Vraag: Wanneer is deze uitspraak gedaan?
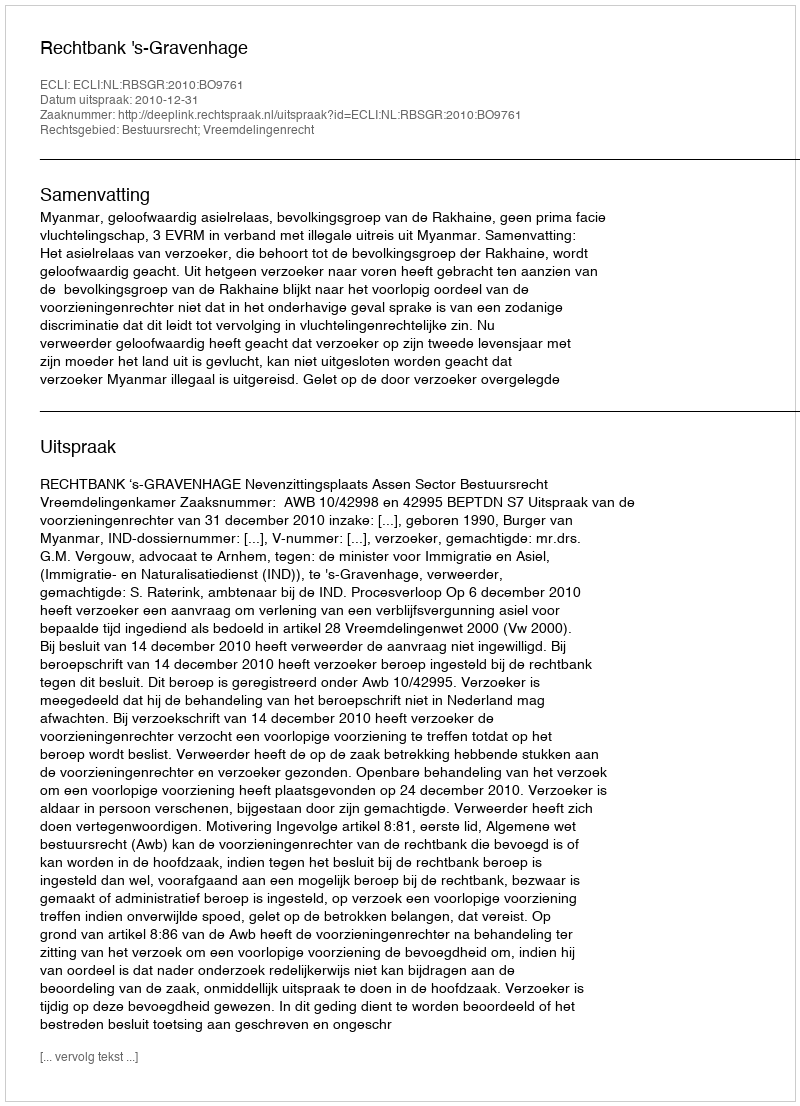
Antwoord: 2010-12-31